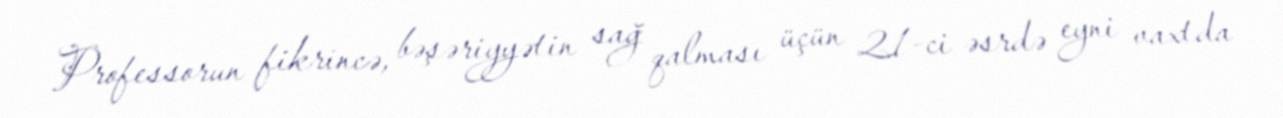
Professorun fikrincə, bəşəriyyətin sağ qalması üçün 21-ci əsrdə eyni vaxtda